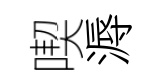
喫溽